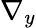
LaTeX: \nabla_{y}